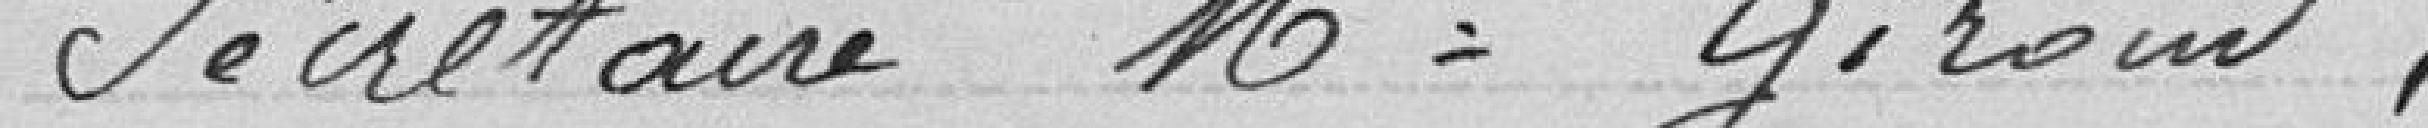
Secrétaire Mr Giroud